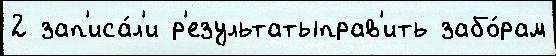
2 зап'иса́л'и р'езультатыправ'ить забо́рам